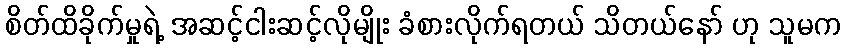
စိတ်ထိခိုက်မှုရဲ့ အဆင့်ငါးဆင့်လိုမျိုး ခံစားလိုက်ရတယ် သိတယ်နော် ဟု သူမက